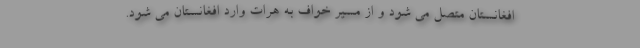
افغانستان متصل می شود و از مسیر خواف به هرات وارد افغانستان می شود.